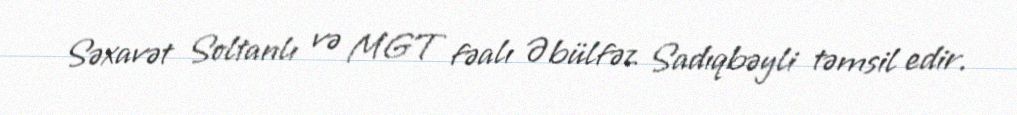
Səxavət Soltanlı və MGT fəalı Əbülfəz Sadıqbəyli təmsil edir.